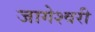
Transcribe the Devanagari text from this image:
जागेश्वरी